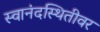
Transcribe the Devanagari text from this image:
स्वानंदस्थितीवर